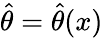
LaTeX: {\widehat{\theta}}={\widehat{\theta}}(x)